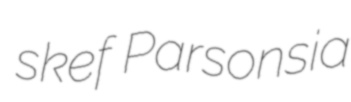
skef Parsonsia